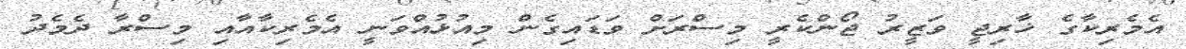
އެމެރިކާގެ ޚާރިޖީ ވަޒީރު ޖޯންކެރީ މިސްރަށް ވަޑައިގެން މިއުޅުއްވަނީ އެމެރިކާއާއި މިސްރާ ދެމެދު